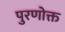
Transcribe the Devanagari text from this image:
पुरणोक्त